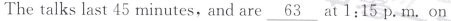
Thetalks last 45 minutes,and are \underline{63} at 1:15 p. M. On